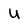
Character: U